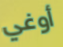
أوغي